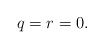
\begin{align*} q=r=0.\end{align*}